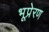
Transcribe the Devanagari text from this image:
भूप्रेरण